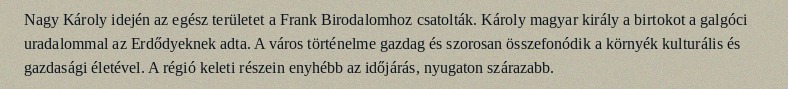
Nagy Károly idején az egész területet a Frank Birodalomhoz csatolták. Károly magyar király a birtokot a galgóci uradalommal az Erdődyeknek adta. A város történelme gazdag és szorosan összefonódik a környék kulturális és gazdasági életével. A régió keleti részein enyhébb az időjárás, nyugaton szárazabb.